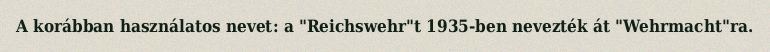
A korábban használatos nevet: a "Reichswehr"t 1935-ben nevezték át "Wehrmacht"ra.